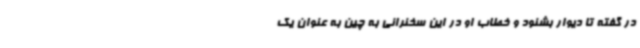
در گفته تا دیوار بشنود و خطاب او در این سخنرانی به چین به عنوان یک